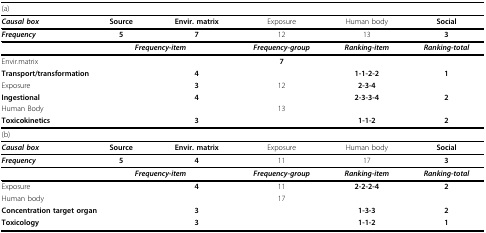
<table><thead><tr><td colspan="6"><b>(a)</b></td></tr></thead><tbody><tr><td><i><b>Causal box</b></i></td><td><b>Source</b></td><td><b>Envir. matrix</b></td><td>Exposure</td><td>Human body</td><td><b>Social</b></td></tr><tr><td><i><b>Frequency</b></i></td><td><b>5</b></td><td><b>7</b></td><td>12</td><td>13</td><td><b>3</b></td></tr><tr><td></td><td colspan="2"><i><b>Frequency-item</b></i></td><td><i><b>Frequency-group</b></i></td><td><i><b>Ranking-item</b></i></td><td><i><b>Ranking-total</b></i></td></tr><tr><td colspan="2">Envir.matrix</td><td></td><td><b>7</b></td><td></td><td></td></tr><tr><td colspan="2"><b>Transport/transformation</b></td><td><b>4</b></td><td></td><td><b>1-1-2-2</b></td><td><b>1</b></td></tr><tr><td colspan="2">Exposure</td><td><b>3</b></td><td>12</td><td><b>2-3-4</b></td><td></td></tr><tr><td colspan="2"><b>Ingestional</b></td><td><b>4</b></td><td></td><td><b>2-3-3-4</b></td><td><b>2</b></td></tr><tr><td colspan="2">Human Body</td><td></td><td>13</td><td></td><td></td></tr><tr><td colspan="2"><b>Toxicokinetics</b></td><td><b>3</b></td><td></td><td><b>1-1-2</b></td><td><b>2</b></td></tr><tr><td colspan="6">(b)</td></tr><tr><td><i><b>Causal box</b></i></td><td><b>Source</b></td><td><b>Envir. matrix</b></td><td>Exposure</td><td>Human body</td><td><b>Social</b></td></tr><tr><td><i><b>Frequency</b></i></td><td><b>5</b></td><td><b>4</b></td><td>11</td><td>17</td><td><b>3</b></td></tr><tr><td></td><td colspan="2"><i><b>Frequency-item</b></i></td><td><i><b>Frequency-group</b></i></td><td><i><b>Ranking-item</b></i></td><td><i><b>Ranking-total</b></i></td></tr><tr><td colspan="2">Exposure</td><td><b>4</b></td><td>11</td><td><b>2-2-2-4</b></td><td><b>2</b></td></tr><tr><td colspan="2">Human body</td><td></td><td>17</td><td></td><td></td></tr><tr><td colspan="2"><b>Concentration target organ</b></td><td><b>3</b></td><td></td><td><b>1-3-3</b></td><td><b>2</b></td></tr><tr><td colspan="2"><b>Toxicology</b></td><td><b>3</b></td><td></td><td><b>1-1-2</b></td><td><b>1</b></td></tr></tbody></table>